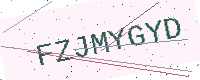
Text: FZJMYGYD